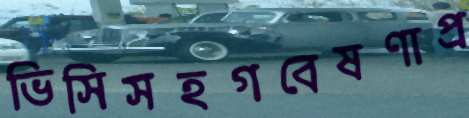
ভিসিসহগবেষণাপ্র